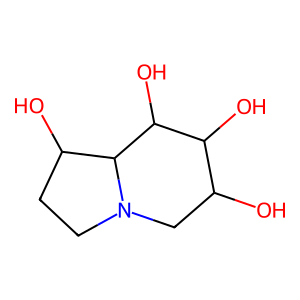
SMILES: OC1CN2CCC(O)C2C(O)C1O
Inhibits HIV replication: Yes